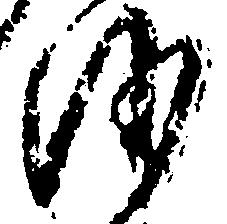
沙